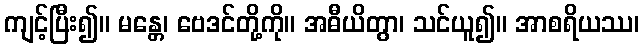
ကျင့်ပြီး၍။ မန္တေ၊ ဗေဒင်တို့ကို။ အဓီယိတွာ၊ သင်ယူ၍။ အာစရိယဿ၊